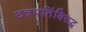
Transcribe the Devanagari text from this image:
छत्रपतिंविरुद्ध